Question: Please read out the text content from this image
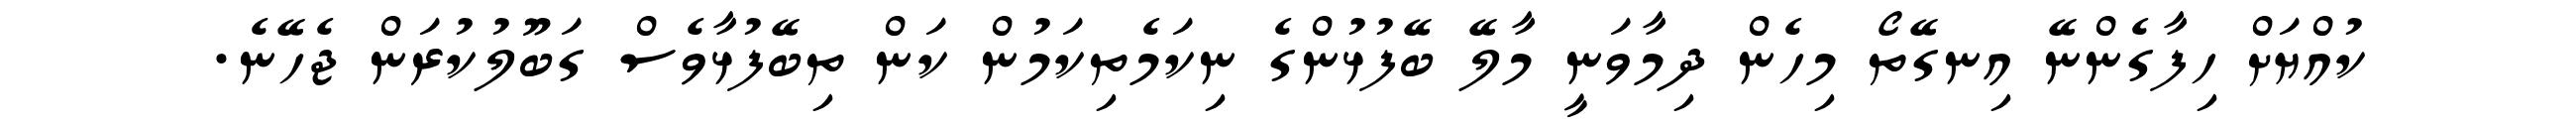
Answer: ކުއްޔަށް ހިފާގެންނޭ އިނގޭތޯ މިހެން ދިމާވަނީ މާލޭ ބޭފުޅުންގެ ނިކަމެތިކަމުން ކަން ތިބޭފުޅާވެސް ގަބޫލުކުރަން ޖެހޭނެ.